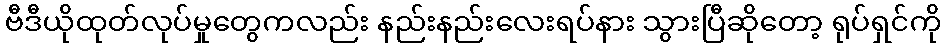
ဗီဒီယိုထုတ်လုပ်မှုတွေကလည်း နည်းနည်းလေးရပ်နား သွားပြီဆိုတော့ ရုပ်ရှင်ကို